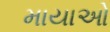
માયાઓ